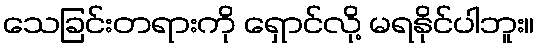
သေခြင်းတရားကို ရှောင်လို့ မရနိုင်ပါဘူး။